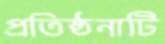
প্রতিষ্ঠনাটি